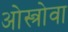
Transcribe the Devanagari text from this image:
ओस्त्रोवा